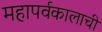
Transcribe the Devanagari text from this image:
महापर्वकालाची